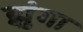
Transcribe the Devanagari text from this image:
झुंगा